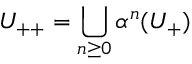
U _ { + + } = \bigcup _ { n \geq 0 } \alpha ^ { n } ( U _ { + } )